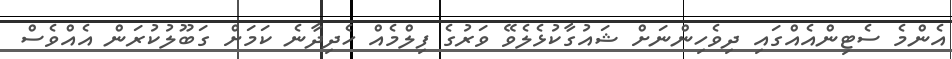
އެންމެ ސެޓިންއެއްގައި ދިވެހިންނަށް ޝައުގާކުޅެލެވޭ ވަރުގެ ފިލްމެއް ހެދިދާނެ ކަމަށް ގަބޫލުކުރަން އެއްވެސް